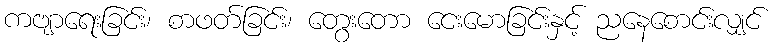
ကဗျာရေးခြင်း၊ စာဖတ်ခြင်း၊ တွေးတော ငေးမောခြင်းနှင့် ညနေစောင်းလျှင်